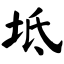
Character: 坻